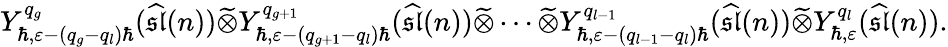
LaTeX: Y_{\hbar,\varepsilon-(q_{g}-q_{l})\hbar}^{q_{g}}(\widehat{\mathfrak{sl}}(n))\widetilde{\otimes}Y_{\hbar,\varepsilon-(q_{g+1}-q_{l})\hbar}^{q_{g+1}}(\widehat{\mathfrak{sl}}(n))\widetilde{\otimes}\cdots\widetilde{\otimes}Y_{\hbar,\varepsilon-(q_{l-1}-q_{l})\hbar}^{q_{l-1}}(\widehat{\mathfrak{sl}}(n))\widetilde{\otimes}Y_{\hbar,\varepsilon}^{q_{l}}(\widehat{\mathfrak{sl}}(n)).